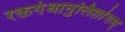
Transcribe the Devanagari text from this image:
रक्तगंधानुलिप्तांगम्